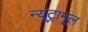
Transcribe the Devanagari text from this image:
न्यूट्रामूल